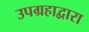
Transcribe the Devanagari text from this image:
उपग्रहाद्वारा